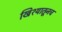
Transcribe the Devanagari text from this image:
खिश्यातूनच